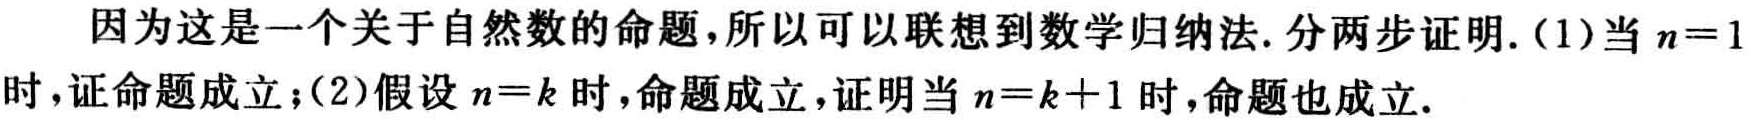
因为这是一个关于自然数的命题,所以可以联想到数学归纳法. 分两步证明.（1）当\(n = 1\)时,证命题成立；（2）假设\(n = k\)时,命题成立,证明当\(n = k + 1\)时,命题也成立.